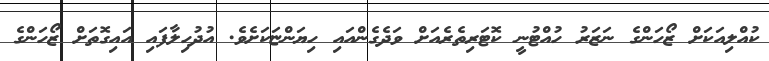
ކުއްލިއަކަށް ޒޯހަންގެ ނަޒަރު ހުއްޓުނީ ކޮޓަރިތެރެއަށް ވަދެގެންއައި ހިޔަންޏަކަށެވެ. އުދުހިލާފައި އައިގޮތަށް ޒޯހަންގެ